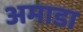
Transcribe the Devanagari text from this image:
अमाडा